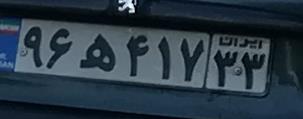
۹۶ه۴۱۷۳۳